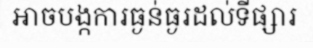
អាចបង្កការធ្ងន់ធ្ងរដល់ទីផ្សារ